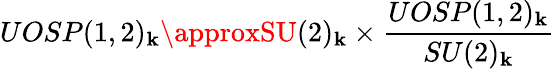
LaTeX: UOSP(1,2)_{\mathbf{k}}\approxSU(2)_{\mathbf{k}}\times{\frac{{UOSP(1,2)_{\mathbf{k}}}}{{SU(2)_{\mathbf{k}}}}}